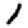
Digit: 1